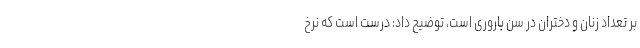
بر تعداد زنان و دختران در سن باروری است، توضیح داد: درست است که نرخ